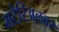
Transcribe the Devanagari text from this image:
मटेरिअलवर